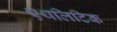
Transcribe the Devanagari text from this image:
एथलिटिक